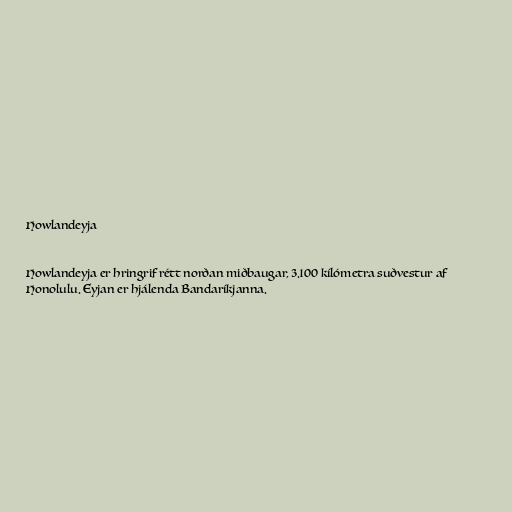
Howlandeyja

Howlandeyja er hringrif rétt norðan miðbaugar, 3.100 kílómetra suðvestur af
Honolulu. Eyjan er hjálenda Bandaríkjanna.